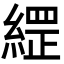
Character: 䌉